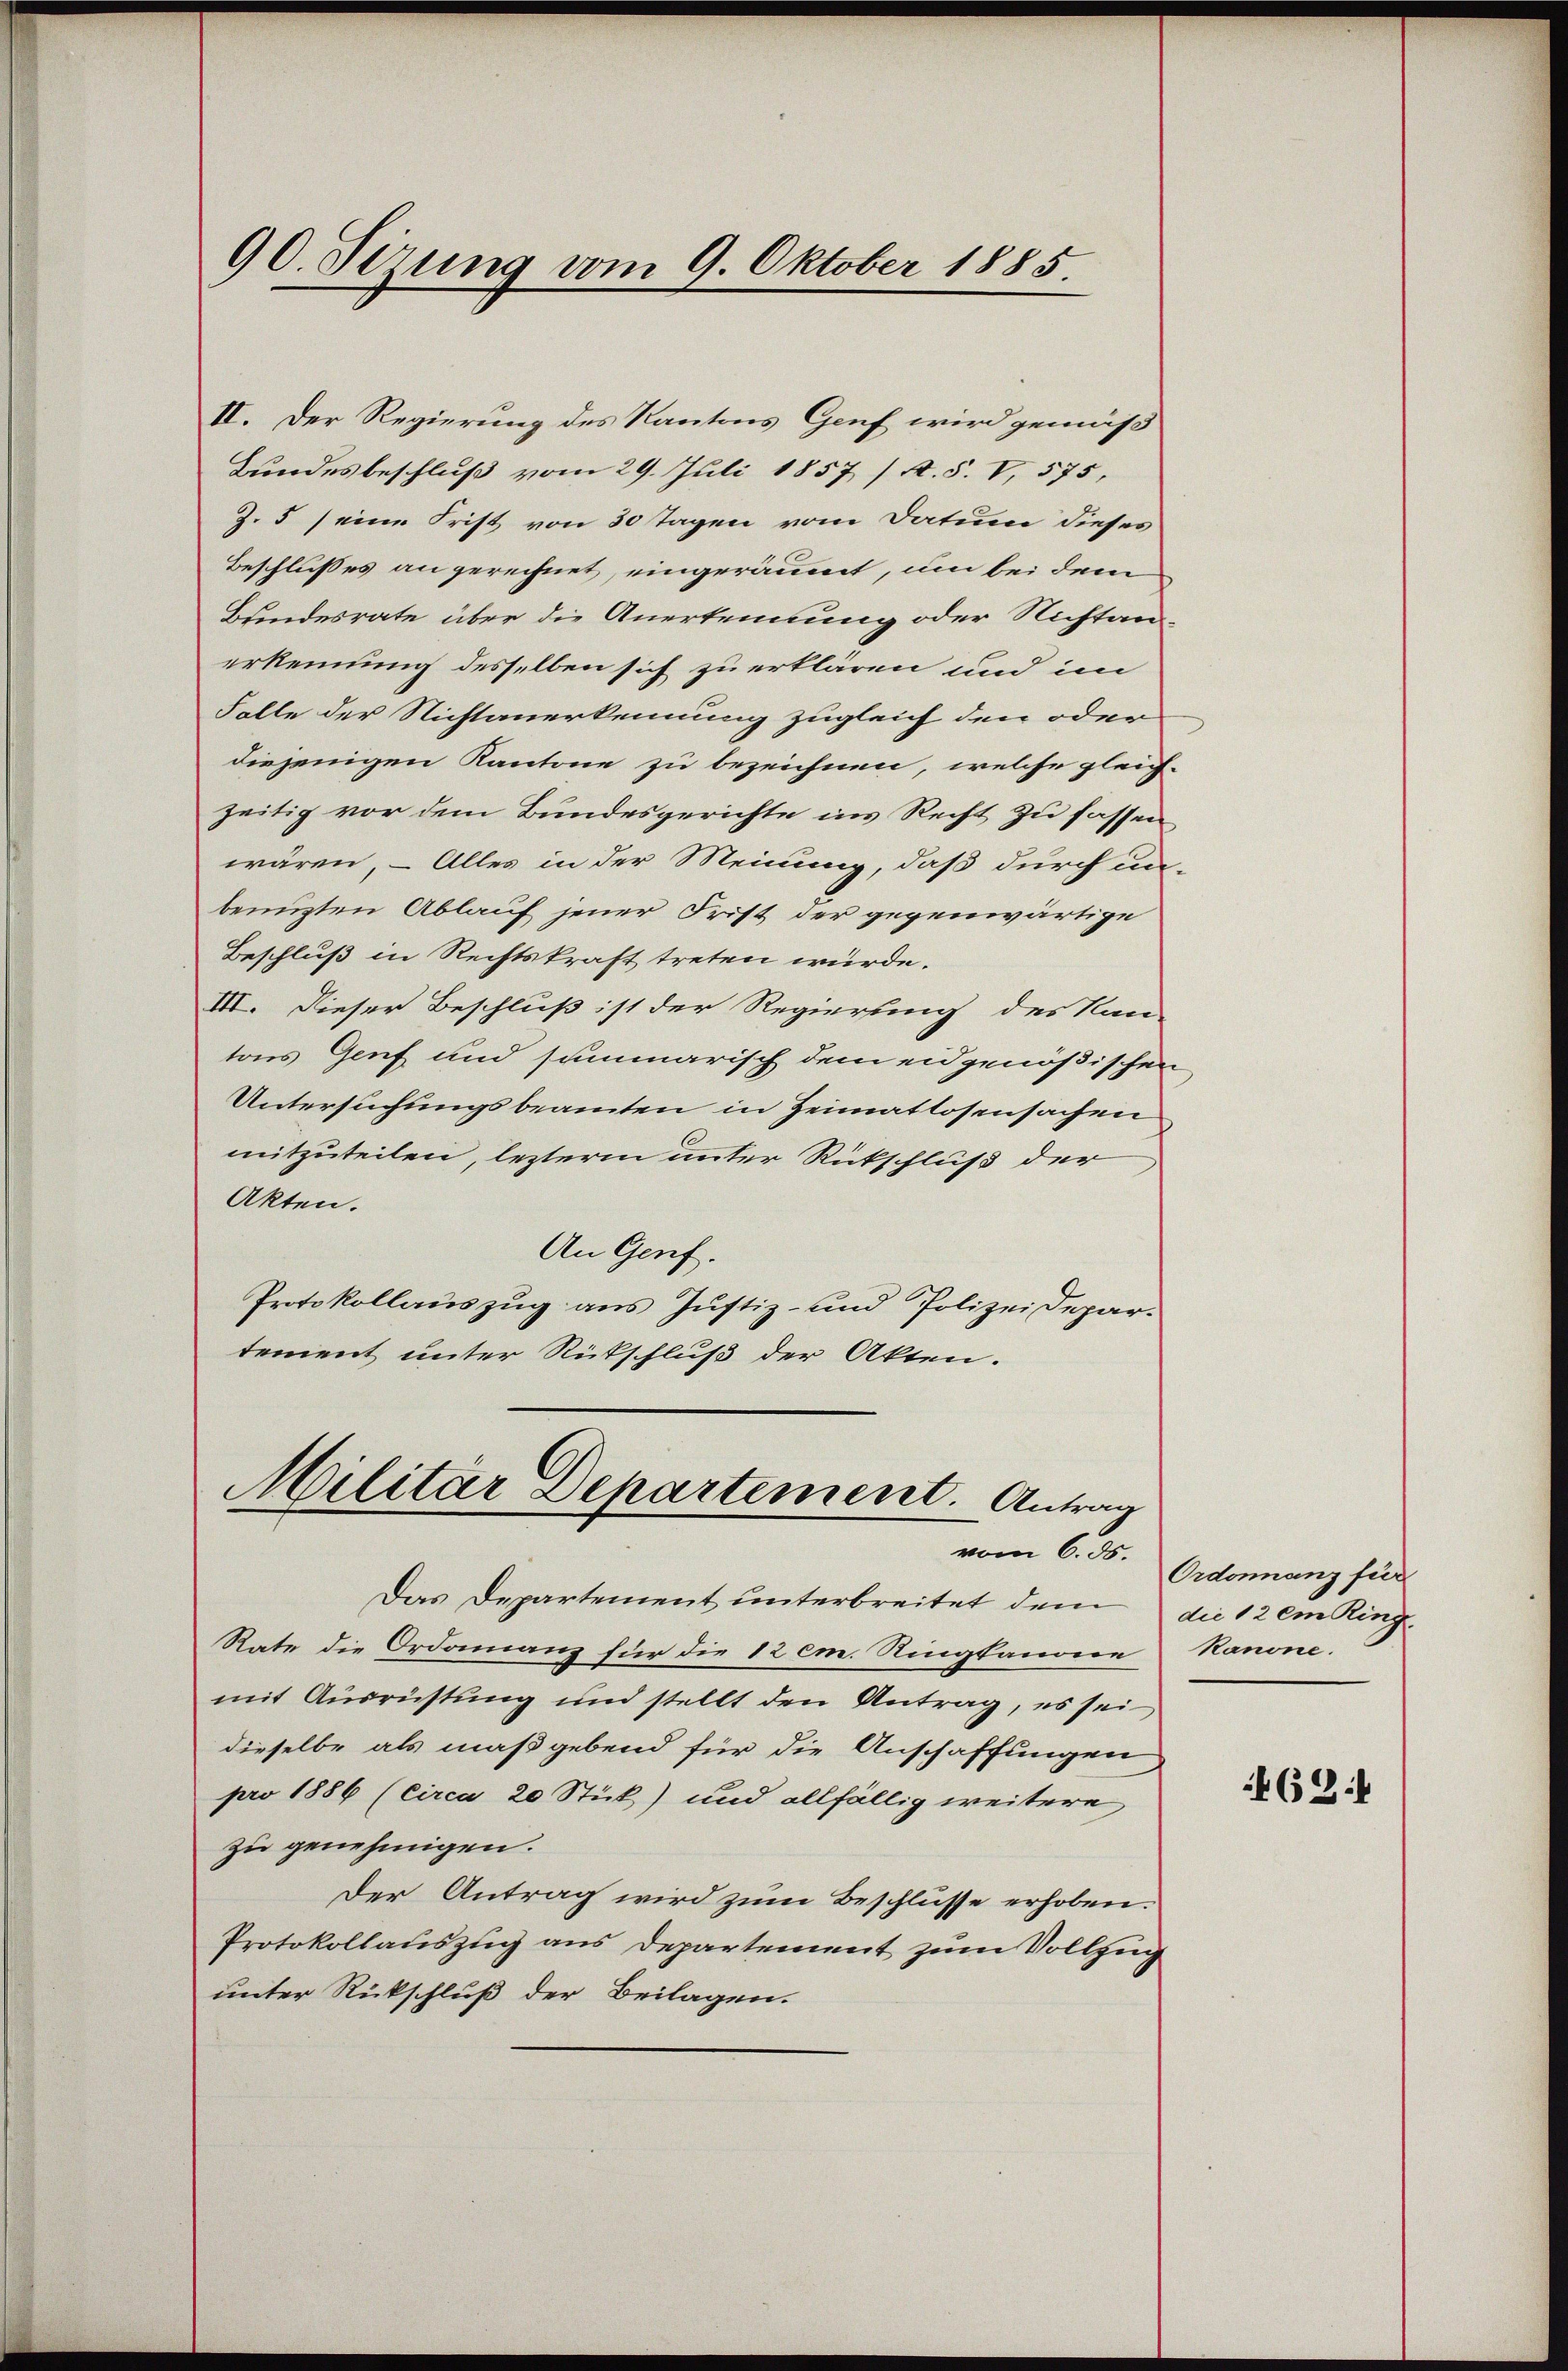
90. Sizung vom 9. Oktober 1885.

II. Der Regierung des Kantons Genf wird gemäß
Bundesbeschluß vom 29. Juli 1857 / X. S. V, 575,
Z. 5 eine Frist von 30 Tagen vom Datum dieses
Beschlußes an gerechnet, eingeräumt, um bei dem
Bundesrate über die Anerkennung oder Nichtan-
erkennung desselben sich zu erklären und im
Falle der Nichtanerkennung zugleich den oder
diejenigen Kantone zu bezeichnen, welche gleich-
zeitig vor dem Bundesgerichte ins Recht zu fassen
wären, – Alles in der Meinung, daß durch un-
benuzten Ablauf jener Frist der gegenwärtige
Beschluß in Rechtskraft treten würde.
III. Dieser Beschluß ist der Regierung des Nan-
tons Genf und summarisch dem eidgenößischen
Untersuchungsbeamten in Heimatlosensachen
mitzuteilen, lezterm unter Rückschluß der
Akten.
An Genf.
Protokollauszug aus Justiz- und Polizei Departement unter Rückschluß der Akten.

Militär Departement. Antrag

Das Departement unterbreitet dem
Rate die Ordonanz für die 12 cm. Ringkanon
mit Ausrüstung und stellt den Antrag, es sei
dieselbe als maßgebend für die Anschaffungen
pro 1886 (Circa 20 Stück) und allfällig weitere
zu genehmigen.
Der Antrag wird zum Beschlüsse erhoben.
Protokollauszug aus Departement zum Vollzug
unter Rückschluß der Beilagen.

vom 6. ds. Ordonnang für
die 12 em Ring
Ranone.

462: